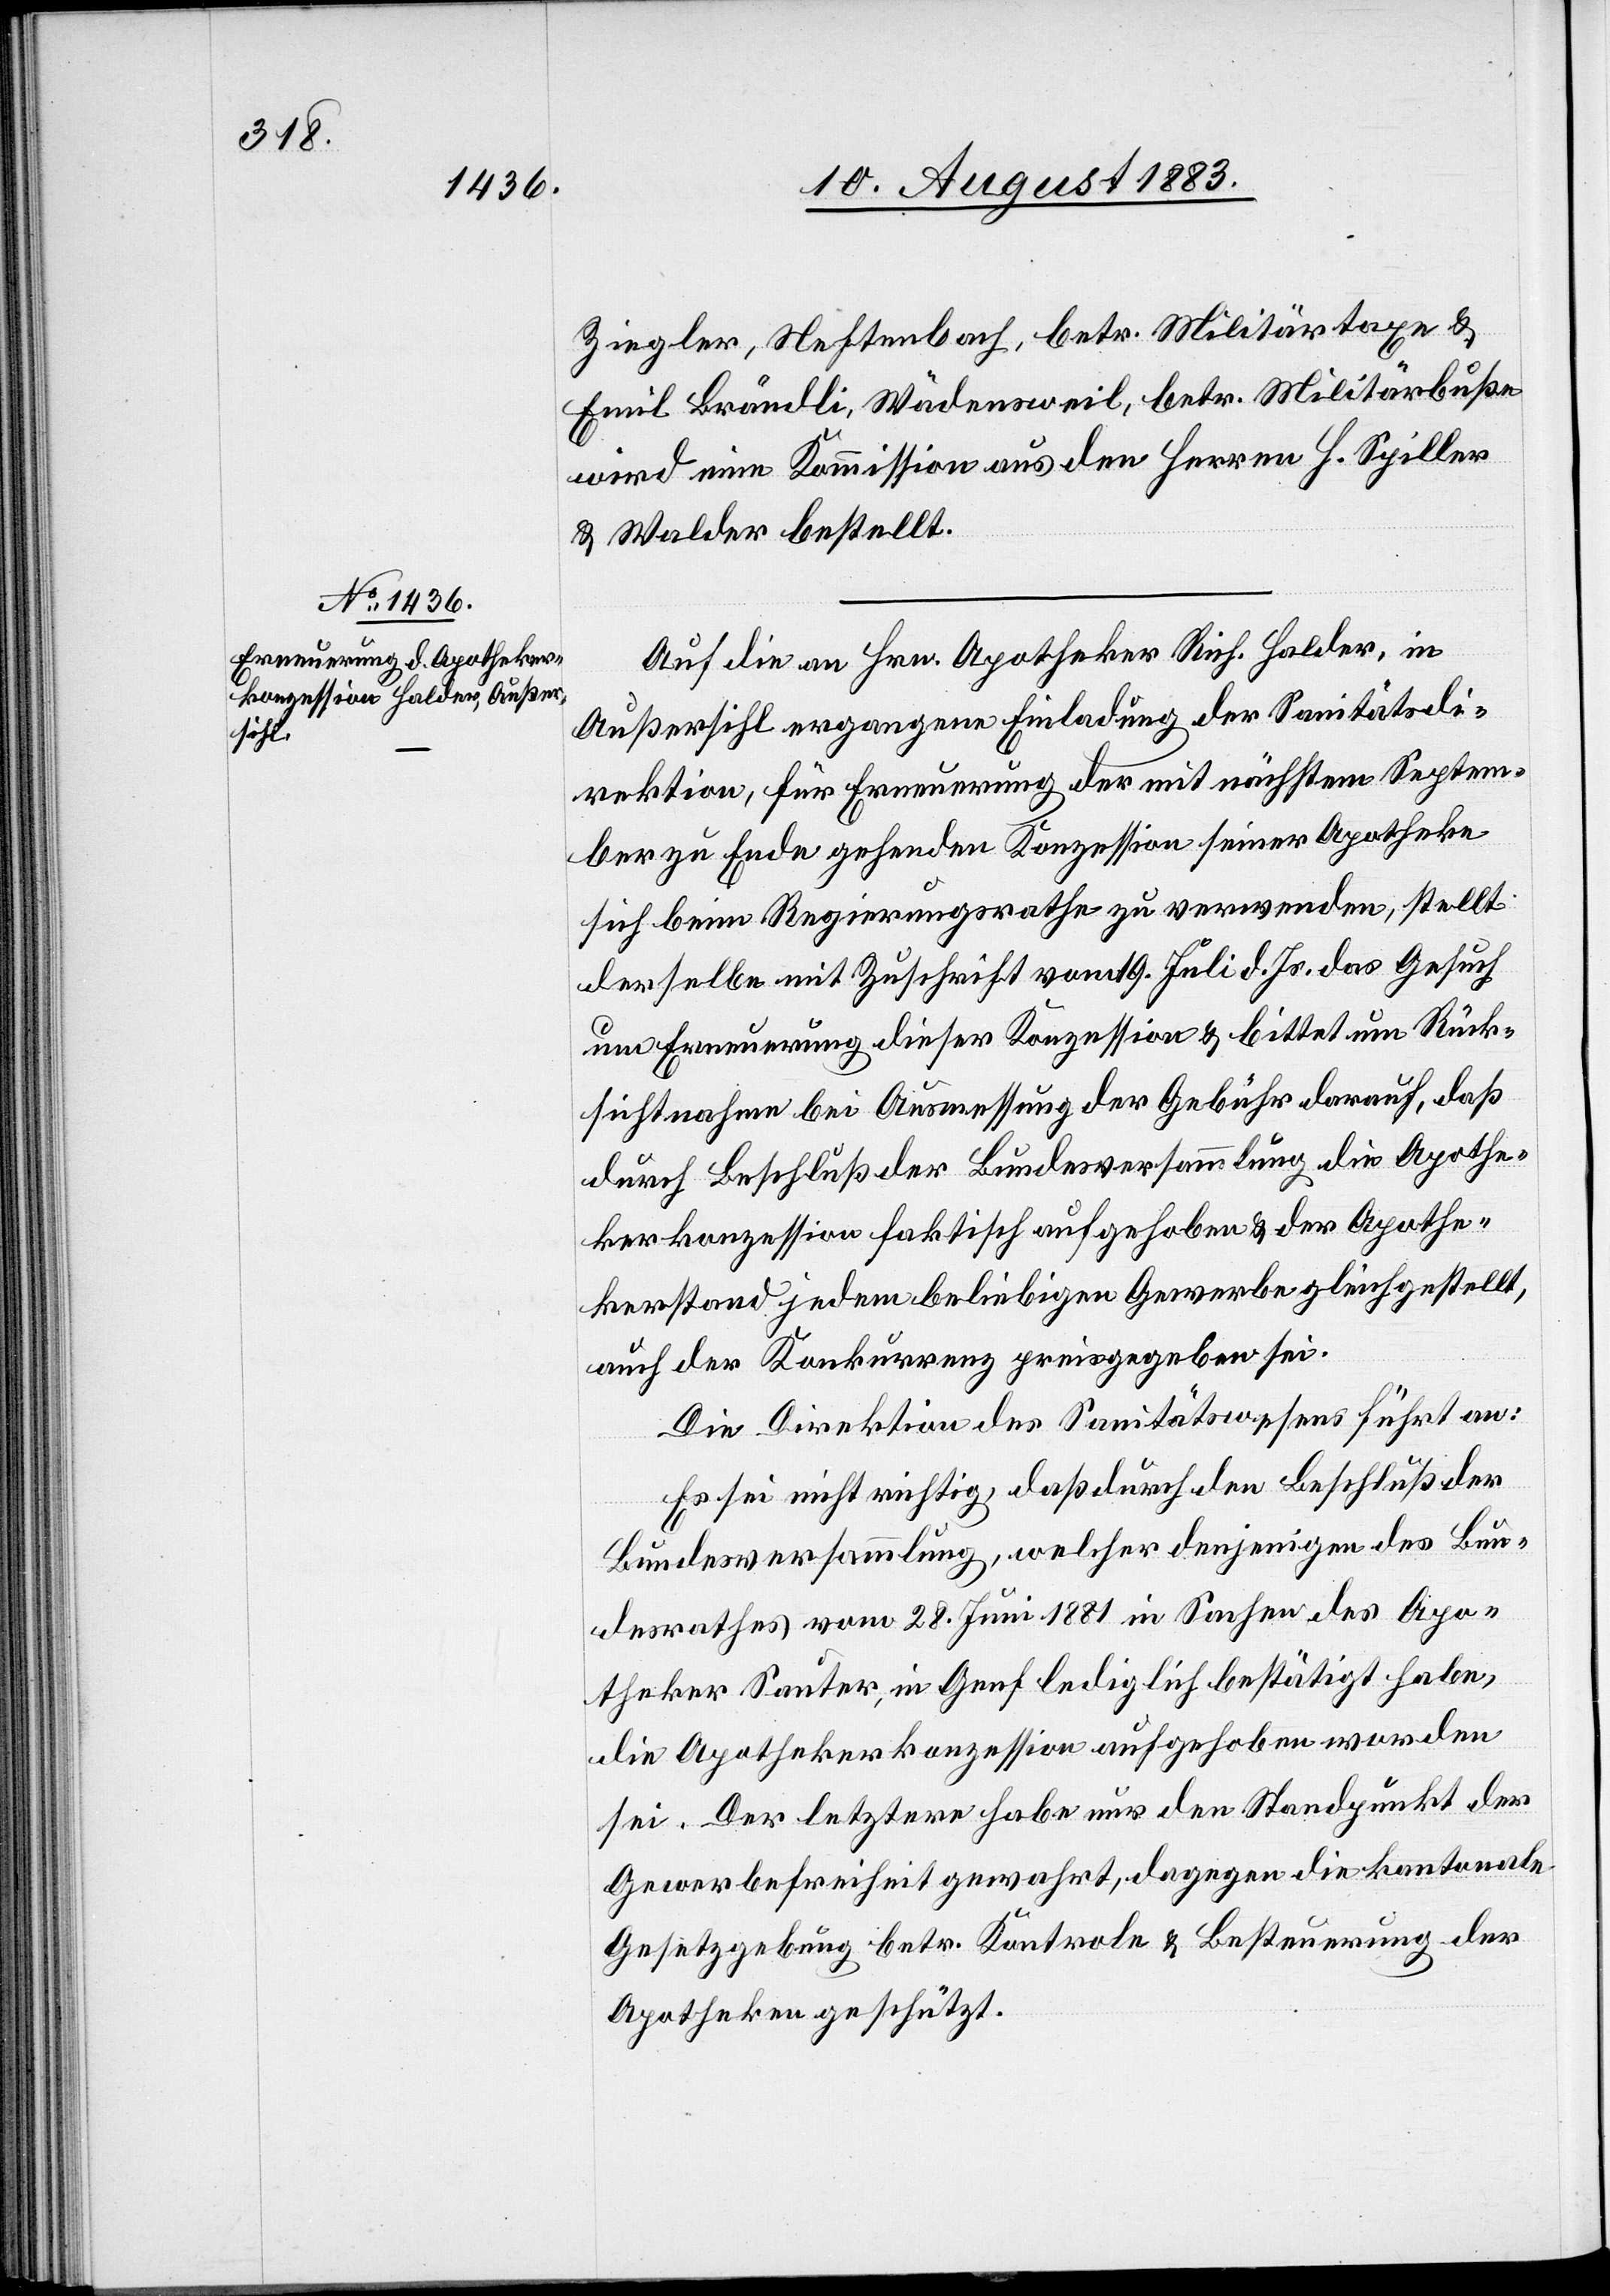
Ziegler, Neftenbach, betr. Militärtaxe &
Emil Brändli, Wädensweil, betr. Militärbuße
wird eine Kommission aus den Herren H. Spiller
& Walder bestellt.
Auf die an Hrn. Apotheker Rich. Halder, in
Außersihl ergangene Einladung der Sanitätsdi¬
rektion, für Erneuerung der mit nächstem Septem¬
ber zu Ende gehenden Konzession seiner Apotheke
sich beim Regierungsrathe zu verwenden, stellt
derselbe mit Zuschrift vom 19. Juli d. Js. das Gesuch
um Erneuerung dieser Konzession & bittet um Rück¬
sichtnahme bei Ausmessung der Gebühr darauf, daß
durch Beschluß der Bundesversammlung die Apothe¬
kerkonzession faktisch aufgehoben & der Apothe¬
kerstand jedem beliebigen Gewerbe gleichgestellt,
auch der Konkurrenz preisgegeben sei.
Die Direktion des Sanitätswesens führt an:
Es sei nicht richtig, daß durch den Beschluß der
Bundesversammlung, welcher denjenigen des Bun¬
desrathes vom 28. Juni 1881 in Sachen des Apo¬
theker Sauter, in Genf lediglich bestätigt habe,
die Apothekerkonzession aufgehoben worden
sei. Der letztere habe nur den Standpunkt der
Gewerbefreiheit gewahrt, dagegen die kantonale
Gesetzgebung betr. Kontrole & Besteuerung der
Apotheken geschützt.